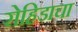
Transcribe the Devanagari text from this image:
रोहिडाचा